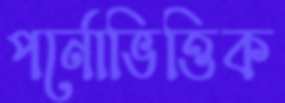
পর্নোভিত্তিক